system: You are a helpful assistant.
user:
Analyze the provided spectrum to determine if it is a **"Cataclysmic Variables (CV)"**.

- **Key Indicators for CV (Check for either state):**
    - **State 1: Quiescent / Low-State (Emission-Dominated)**
        - **(Primary):** Strong and *very broad* Hydrogen Balmer emission lines (e.g., $H\alpha$ at 6563 Å, $H\beta$ at 4861 Å). The 'broadness' (high velocity dispersion, often FWHM > 1000 km/s) is the key diagnostic, indicating a high-velocity accretion disk.
        - **(Secondary):** Broad neutral Helium (He I) emission lines (e.g., 5876 Å, 6678 Å).
        - **(Key Confirmation):** Presence of high-excitation *ionized* Helium (He II) emission at 4686 Å. This is a strong indicator of accretion onto a white dwarf.
        - **(Line Profile):** Emission lines may exhibit a 'double-peaked' profile, which is a classic signature of a rotating accretion disk viewed at high inclination.

    - **State 2: Outburst / High-State (Absorption-Dominated)**
        - **(Primary):** Spectrum is dominated by a bright, blue continuum (looks like a hot star).
        - **(Secondary):** The emission lines from State 1 are weak, absent, or 'filled in', and are replaced by broad, shallow *absorption* lines (primarily Balmer and He I).
        - **(Morphology):** The overall spectrum mimics a hot B/A-type star. The crucial difference is that the absorption lines are significantly broader, shallower, and more 'washed-out' (or 'smeared') than the sharp lines of a normal stellar photosphere, due to high rotational speeds and pressure broadening in the disk.

Think first, call **spectral_visualization_tool** if needed to examine features in detail, then provide your final answer. Your response must adhere to the following strict rules:
1.  **Overall Structure:** Your response must follow the format `<think>...</think> <tool_call>...</tool_call> (if a tool is used) <answer>...</answer>`.
2.  **Tool Usage Constraint:** You may only make **one** tool call per turn.
3.  **Final Answer Format:** In the `<answer>` tag, your conclusion must be inside a `\boxed{}` command (e.g., `\boxed{YES}`), followed by your justification.

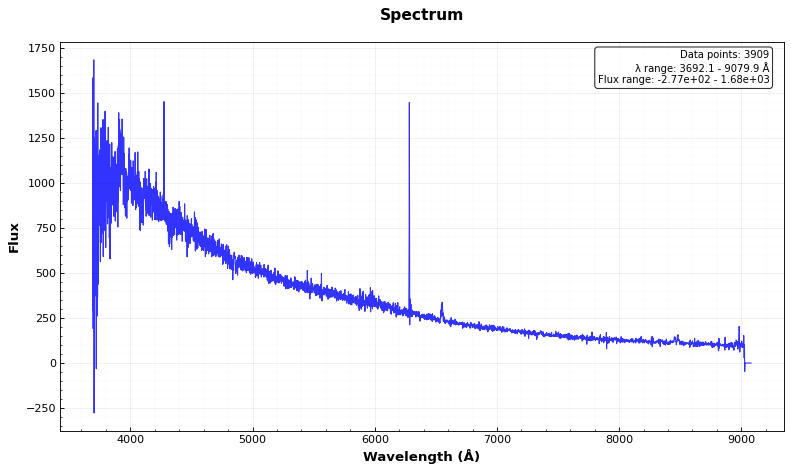
Answer: YES